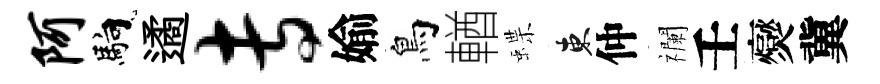
阿馿遹专媮鳥輶蝶東仲襴壬爕冀